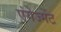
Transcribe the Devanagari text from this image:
एंगेज्मेंट